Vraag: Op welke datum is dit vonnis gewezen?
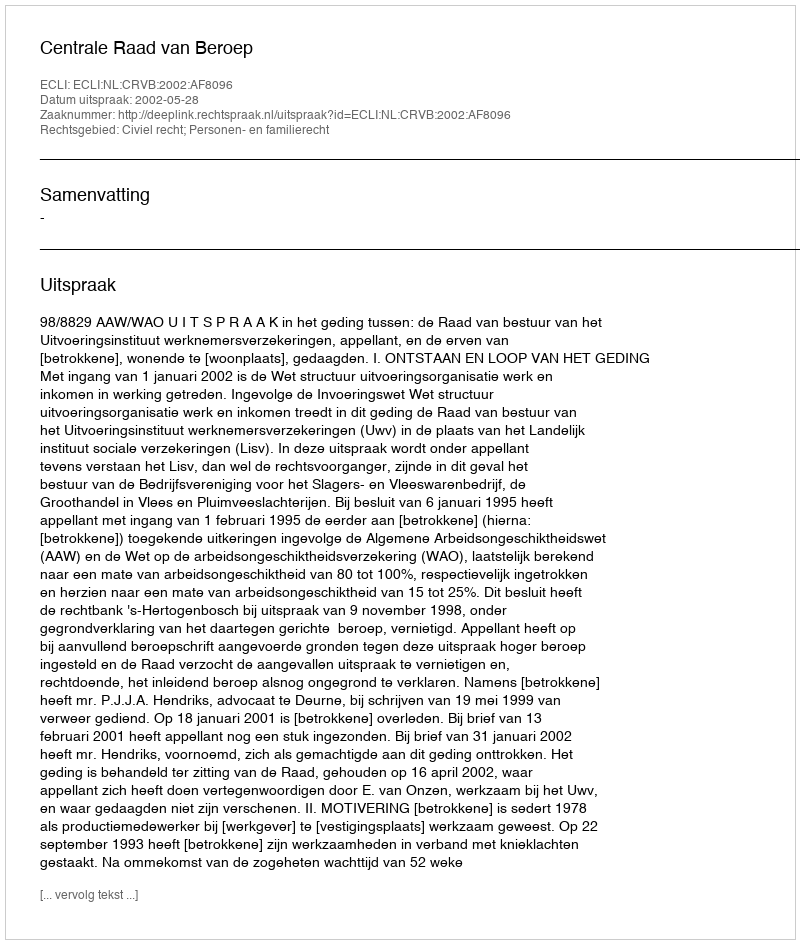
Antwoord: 2002-05-28